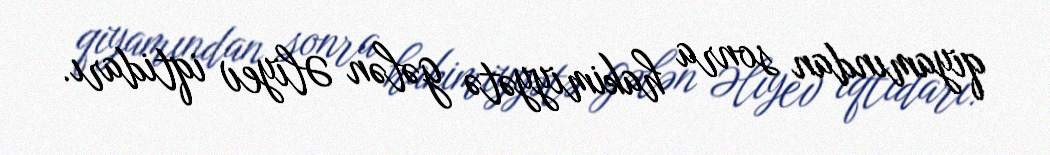
qiyamından sonra hakimiyyətə gələn Əliyev iqtidarı.